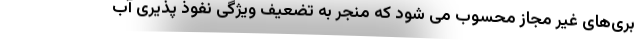
بری‌های غیر مجاز محسوب می شود که منجر به تضعیف ویژگی نفوذ پذیری آب